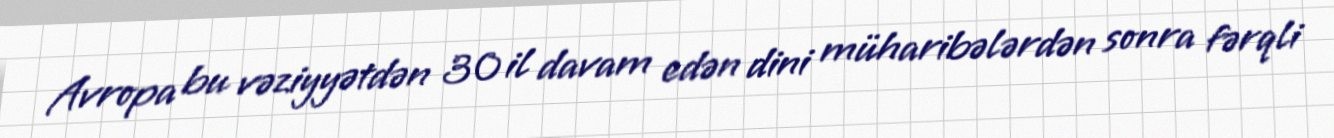
Avropa bu vəziyyətdən 30 il davam edən dini müharibələrdən sonra fərqli